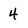
Character: 4